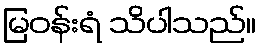
မြဝန်းရံ သိပါသည်။